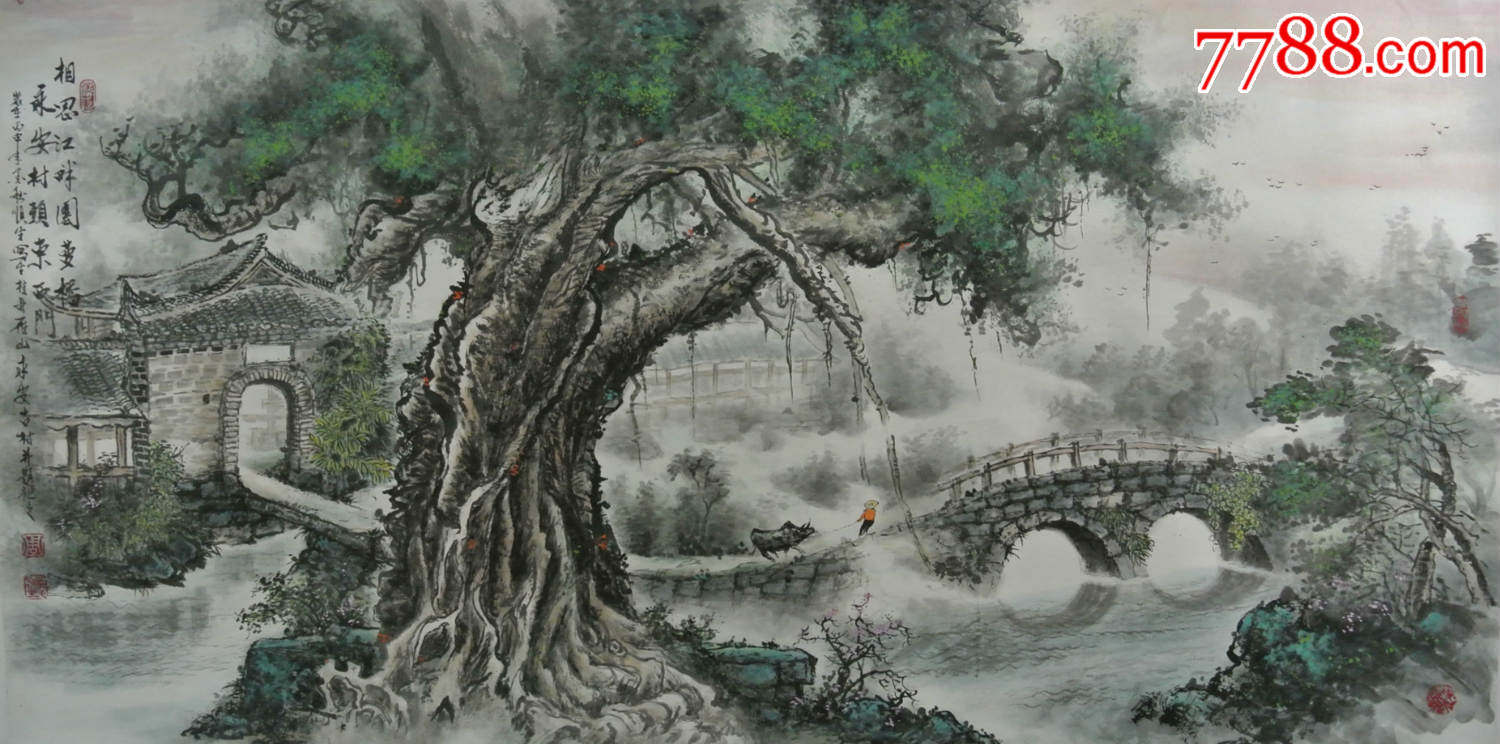
屏山遮断相思路，子规啼到无声处。